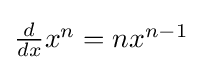
{\textstyle {\frac {d}{dx}}x^{n}=nx^{n-1}}